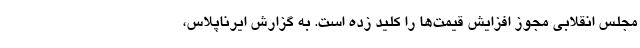
مجلس انقلابی مجوز افزایش قیمت‌ها را کلید زده است. به گزارش ایرناپلاس،